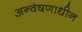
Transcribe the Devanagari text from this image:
अन्वेषणाधीन